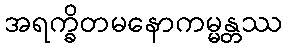
အရက္ခိတမနောကမ္မန္တဿ